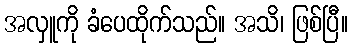
အလှူကို ခံပေထိုက်သည်။ အသိ၊ ဖြစ်ပြီ။